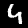
Label: 4